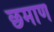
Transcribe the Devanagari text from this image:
छमाण